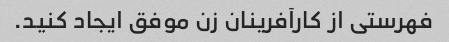
فهرستی از کارآفرینان زن موفق ایجاد کنید.